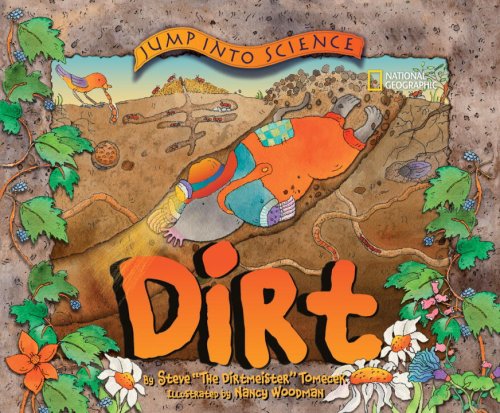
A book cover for Jump into Science: Dirt; Steve Tomecek; Children's Books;